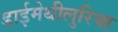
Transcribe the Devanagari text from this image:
डाईमेथीलुरिया